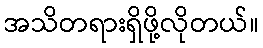
အသိတရားရှိဖို့လိုတယ်။